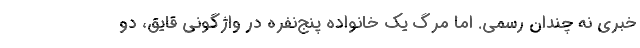
خبری نه چندان رسمی. اما مرگ یک خانواده پنج‌نفره در واژگونی قایق، دو